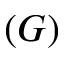
( G )